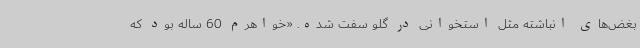
بغض‌های انباشته مثل استخوانی در گلو سفت شده. «خواهرم 60 ساله بود که